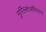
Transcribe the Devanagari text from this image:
गुर्रिल्लाअभियान